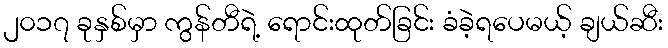
၂၀၁၇ ခုနှစ်မှာ ကွန်တီရဲ့ ရောင်းထုတ်ခြင်း ခံခဲ့ရပေမယ့် ချယ်ဆီး